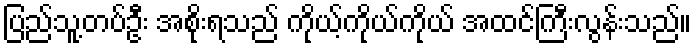
ပြည်သူ့တပ်ဦး အစိုးရသည် ကိုယ့်ကိုယ်ကိုယ် အထင်ကြီးလွန်းသည်။